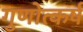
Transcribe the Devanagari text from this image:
गुणोत्कर्ष